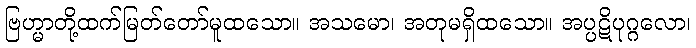
ဗြဟ္မာတို့ထက်မြတ်တော်မူထသော။ အသမော၊ အတုမရှိထသော။ အပ္ပဋိပုဂ္ဂလော၊